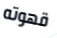
قهوته